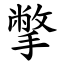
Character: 撆